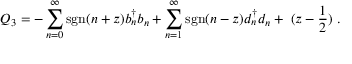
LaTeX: Q _ { 3 } = - \sum _ { n = 0 } ^ { \infty } \mathrm { { s g n } } ( n + z ) b _ { n } ^ { \dagger } b _ { n } + \sum _ { n = 1 } ^ { \infty } { \mathrm { s g n } } ( n - z ) d _ { n } ^ { \dagger } d _ { n } + \; ( z - { \frac { 1 } { 2 } } ) \ .